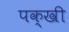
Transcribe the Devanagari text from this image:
पक्खी